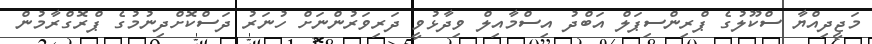
މަޖީދިއްޔާ ސްކޫލުގެ ޕްރިންސިޕަލް އަބްދު އިސްމާއިލް ވިދާޅުވީ ދަރިވަރުންނަށް ހުނަރު ދަސްކޮށްދިނުމުގެ ޕްރޮގްރާމުން